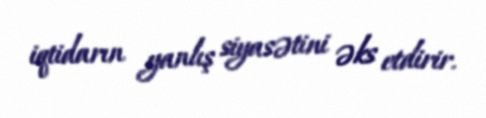
iqtidarın yanlış siyasətini əks etdirir.